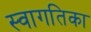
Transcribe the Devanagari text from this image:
स्वागतिका